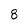
Character: 8